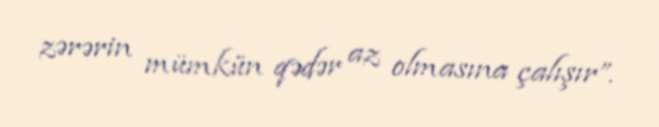
zərərin mümkün qədər az olmasına çalışır”.